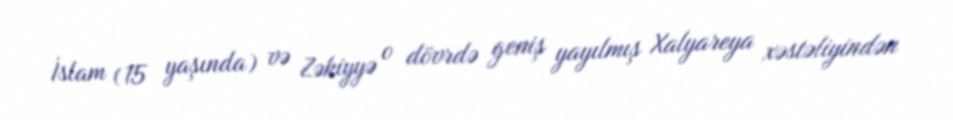
İslam (15 yaşında) və Zəkiyyə o dövrdə geniş yayılmış Xalyareya xəstəliyindən